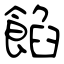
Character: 餡